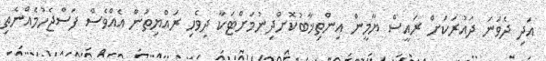
އަދި ދެވަނަ ދައުރަކަށް ރައީސް ޔާމީން އިންތިޚާބުކޮށްދިނުމަށްޓަކާ ދިވެހި ރައްޔިތުން އެއްވެސް ފަސްޖެހުމެއްނެތި